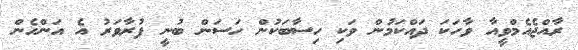
ރާއްޖެއެމްވީއާ ވާހަކަ ދައްކަމުން ވަކި ހިސާބަކުން ހަސަން ބުނީ ފުރާވަރު އެ އަންހެން